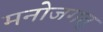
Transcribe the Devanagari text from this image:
मनोजगत्